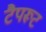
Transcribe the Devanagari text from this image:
टैपरूट